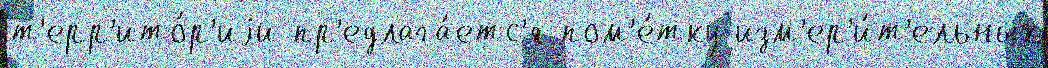
т'ерр'ито́р'иjи пр'едлага́етс'я пом'е́тку изм'ер'и́т'ельных